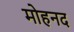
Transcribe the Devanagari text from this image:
मोहनद